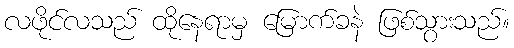
လဖိုင်လသည် ထိုနေရာမှ မြောက်ခနဲ ဖြစ်သွားသည်။